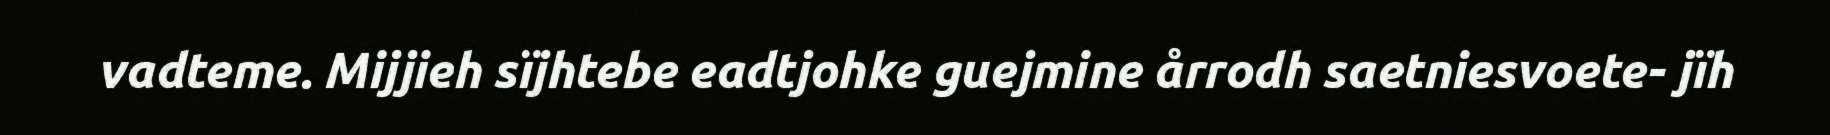
vadteme. Mijjieh sïjhtebe eadtjohke guejmine årrodh saetniesvoete- jïh